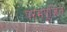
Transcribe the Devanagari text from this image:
परमपूजित